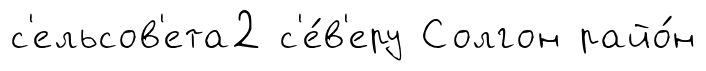
с'ельсов'ета2 с'е́в'еру Солгон райо́н